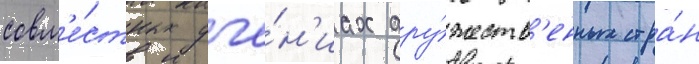
совм'е́стных уче́н'иах дру́жеств'енных стра́н